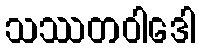
သဿတဝါဒေါ